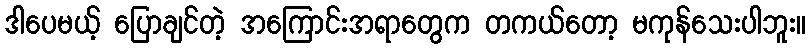
ဒါပေမယ့် ပြောချင်တဲ့ အကြောင်းအရာတွေက တကယ်တော့ မကုန်သေးပါဘူး။